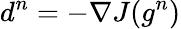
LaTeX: d^{n}=-\nabla J(g^{n})